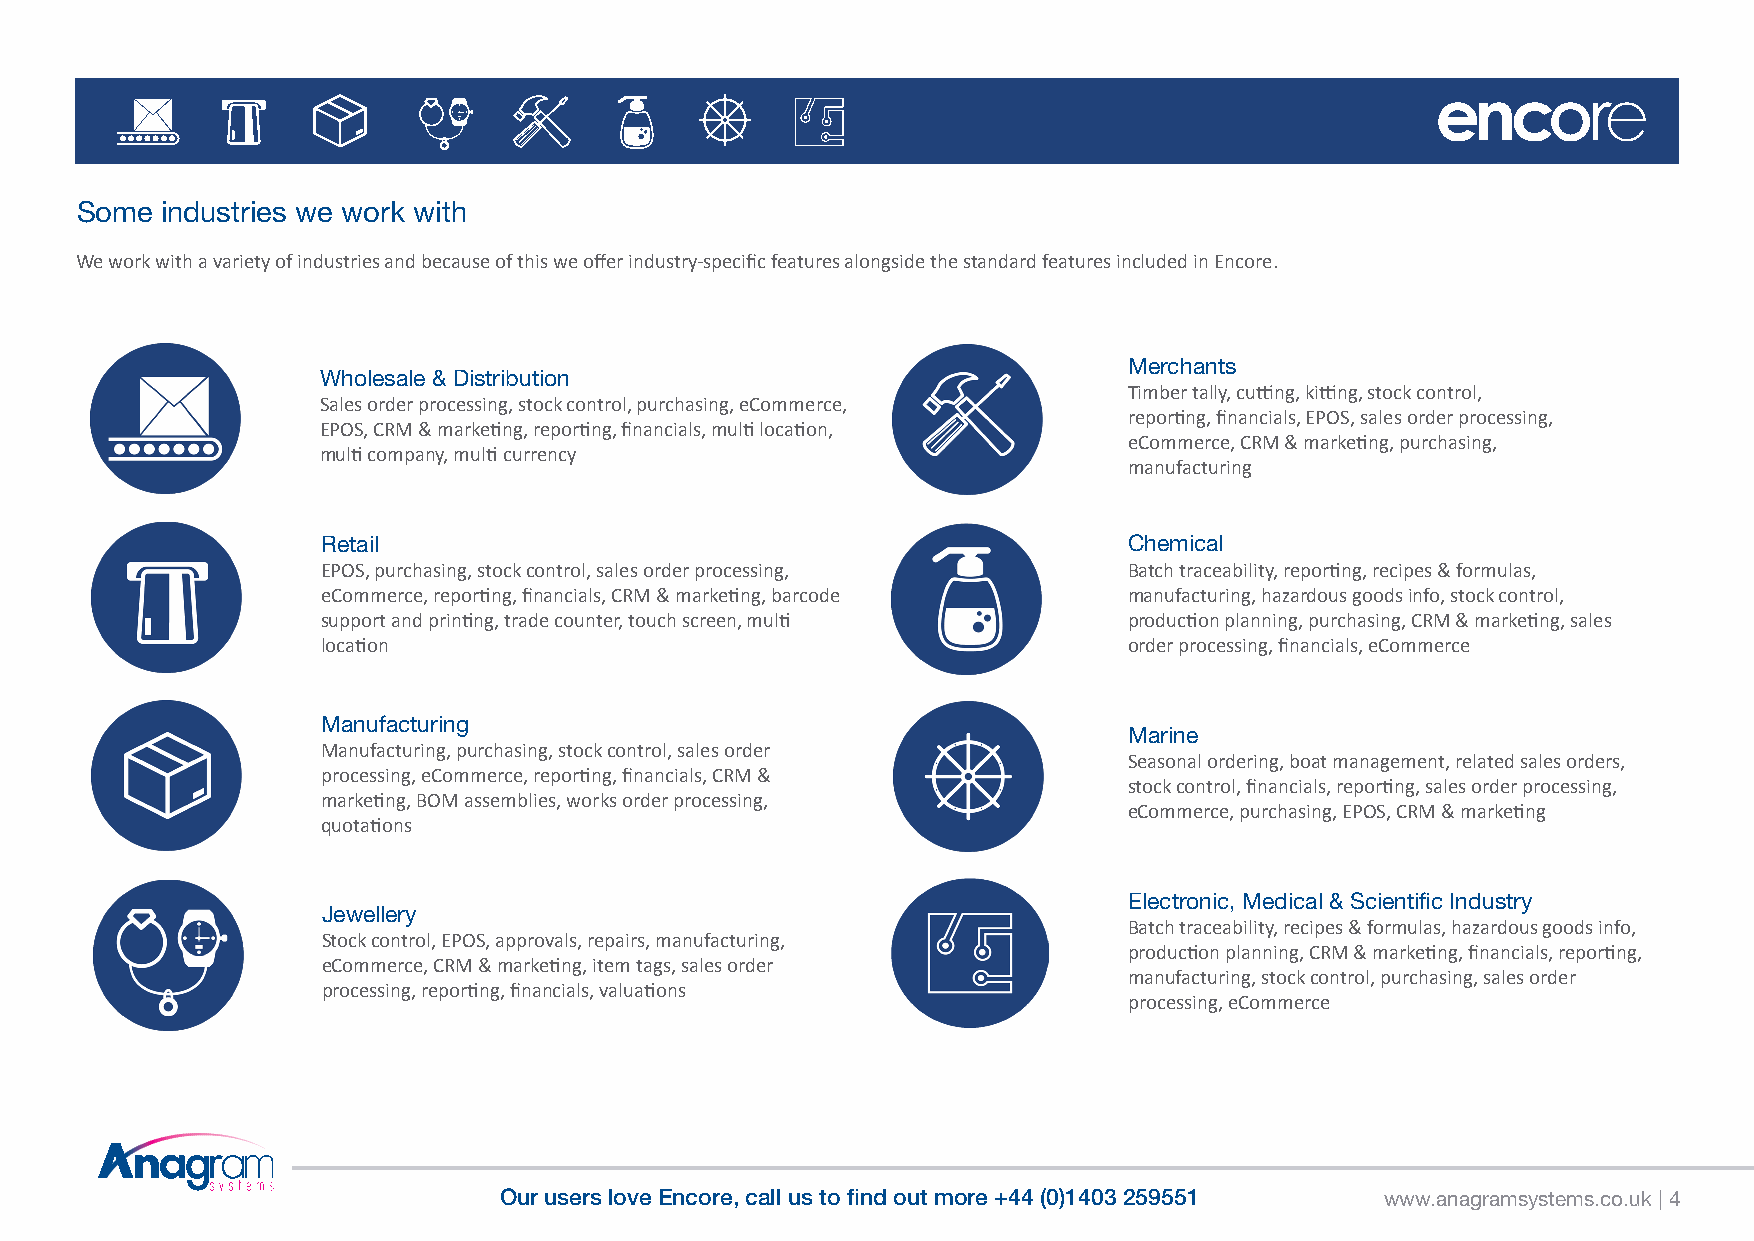
Some  industries we work with
 We work with a variety of industries and because of this we offer industry-specific features alongside the standard features included in Encore.
 Merchants
 Wholesale & Distribution
 Timber tally, cutting, kitting, stock control,
 Sales order processing, stock control, purchasing, eCommerce,
 reporting, financials, EPOS, sales order processing,
 EPOS, CRM & marketing, reporting, financials, multi location,
 eCommerce, CRM & marketing, purchasing,
 multi company, multi currency
 manufacturing
 Retail                                                Chemical
 EPOS, purchasing, stock control, sales order processing, Batch traceability, reporting, recipes & formulas,
 eCommerce, reporting, financials, CRM & marketing, barcode manufacturing, hazardous goods info, stock control,
 support and printing, trade counter, touch screen, multi production planning, purchasing, CRM & marketing, sales
 location                                              order processing, financials, eCommerce
 Manufacturing
 Marine
 Manufacturing, purchasing, stock control, sales order
 Seasonal ordering, boat management, related sales orders,
 processing, eCommerce, reporting, financials, CRM &
 stock control, financials, reporting, sales order processing,
 marketing, BOM assemblies, works order processing,
 eCommerce, purchasing, EPOS, CRM & marketing
 quotations
 Electronic, Medical & Scientific Industry
 Jewellery
 Batch traceability, recipes & formulas, hazardous goods info,
 Stock control, EPOS, approvals, repairs, manufacturing,
 production planning, CRM & marketing, financials, reporting,
 eCommerce, CRM & marketing, item tags, sales order
 manufacturing, stock control, purchasing, sales order
 processing, reporting, financials, valuations
 processing, eCommerce
 Our users love Encore, call us to find out more +44 (0)1403 259551 www.anagramsystems.co.uk | 4